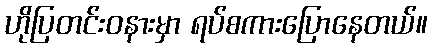
ဟိုပြတင်းဝနားမှာ ရပ်စကားပြောနေတယ်။